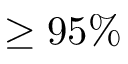
\geq 9 5 \%